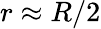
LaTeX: r\approx R/2